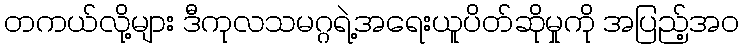
တကယ်လို့များ ဒီကုလသမဂ္ဂရဲ့အရေးယူပိတ်ဆိုမှုကို အပြည့်အ၀